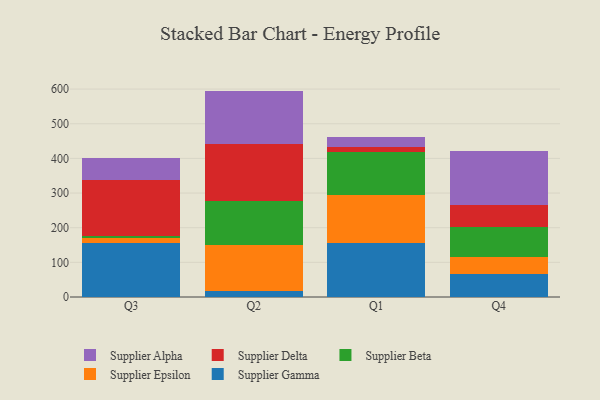
{"axis": {"x": "Quarter", "y": "Revenue (USD Million)"}, "legend": ["Supplier Alpha", "Supplier Beta", "Supplier Delta", "Supplier Epsilon", "Supplier Gamma"], "data": [{"x": "Q3", "y": 156.8, "type": "Supplier Gamma"}, {"x": "Q3", "y": 14.4, "type": "Supplier Epsilon"}, {"x": "Q3", "y": 5.4, "type": "Supplier Beta"}, {"x": "Q3", "y": 160.1, "type": "Supplier Delta"}, {"x": "Q3", "y": 64.7, "type": "Supplier Alpha"}, {"x": "Q2", "y": 16.0, "type": "Supplier Gamma"}, {"x": "Q2", "y": 135.1, "type": "Supplier Epsilon"}, {"x": "Q2", "y": 127.1, "type": "Supplier Beta"}, {"x": "Q2", "y": 163.4, "type": "Supplier Delta"}, {"x": "Q2", "y": 153.3, "type": "Supplier Alpha"}, {"x": "Q1", "y": 155.4, "type": "Supplier Gamma"}, {"x": "Q1", "y": 138.8, "type": "Supplier Epsilon"}, {"x": "Q1", "y": 124.4, "type": "Supplier Beta"}, {"x": "Q1", "y": 14.7, "type": "Supplier Delta"}, {"x": "Q1", "y": 27.7, "type": "Supplier Alpha"}, {"x": "Q4", "y": 67.2, "type": "Supplier Gamma"}, {"x": "Q4", "y": 47.7, "type": "Supplier Epsilon"}, {"x": "Q4", "y": 86.0, "type": "Supplier Beta"}, {"x": "Q4", "y": 63.6, "type": "Supplier Delta"}, {"x": "Q4", "y": 157.3, "type": "Supplier Alpha"}]}